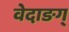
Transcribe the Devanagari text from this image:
वेदाङग्